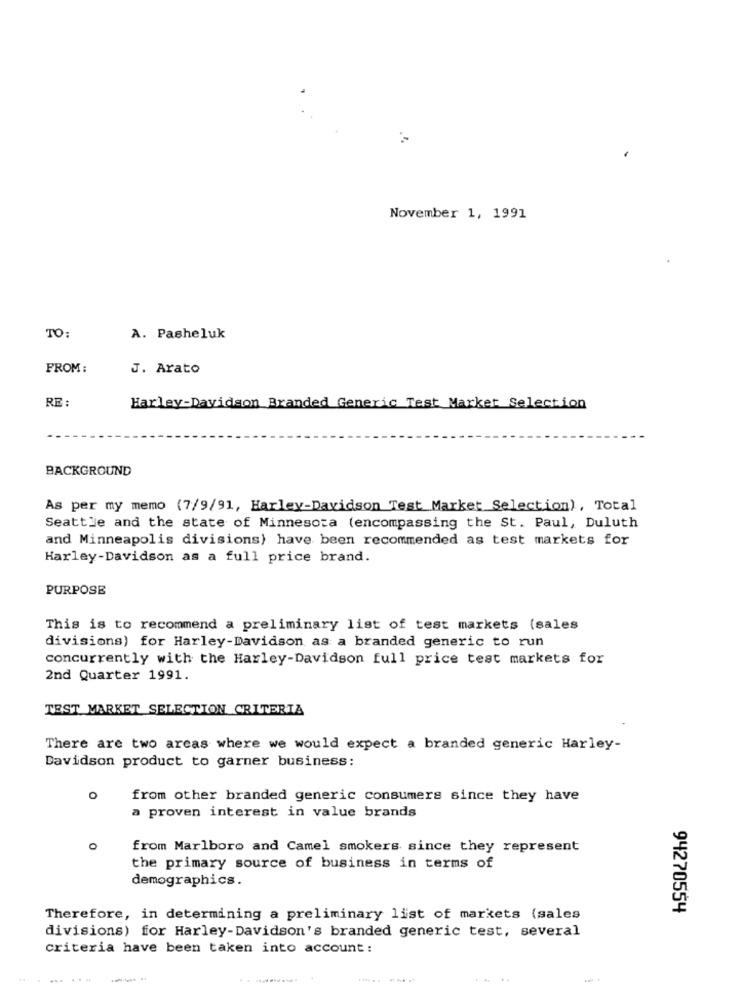
November 1, 1991
TO:
A. Pasheluk
FROM :
J. Arato
RE :
Harley-Davidson Branded Generic Test Market Selection
BACKGROUND
As per my memo (7/9/91, Harley-Davidson Test Market Selection), Total
Seattle and the state of Minnesota (encompassing the St. Paul, Duluth
and Minneapolis divisions) have been recommended as test markets for
Harley-Davidson as a full price brand.
PURPOSE
This is to recommend a preliminary list of test markets (sales
divisions) for Harley-Davidson as a branded generic to run
concurrently with the Harley-Davidson full price test markets for
2nd Quarter 1991.
TEST MARKET SELECTION CRITERIA
There are two arcas where we would expect a branded generic Harley-
Davidson product to garner business:
O
from other branded generic consumers since they have
a proven interest in value brands
from Marlboro and Camel smokers since they represent
the primary source of business in terms of
demographics.
94270554
Therefore, in determining a preliminary list of markets (sales
divisions) for Harley-Davidson's branded generic test, several
criteria have been taken into account: